65_HS1-834228961_62-HQ-83894_Section_7
Agency: FBI
Page 160
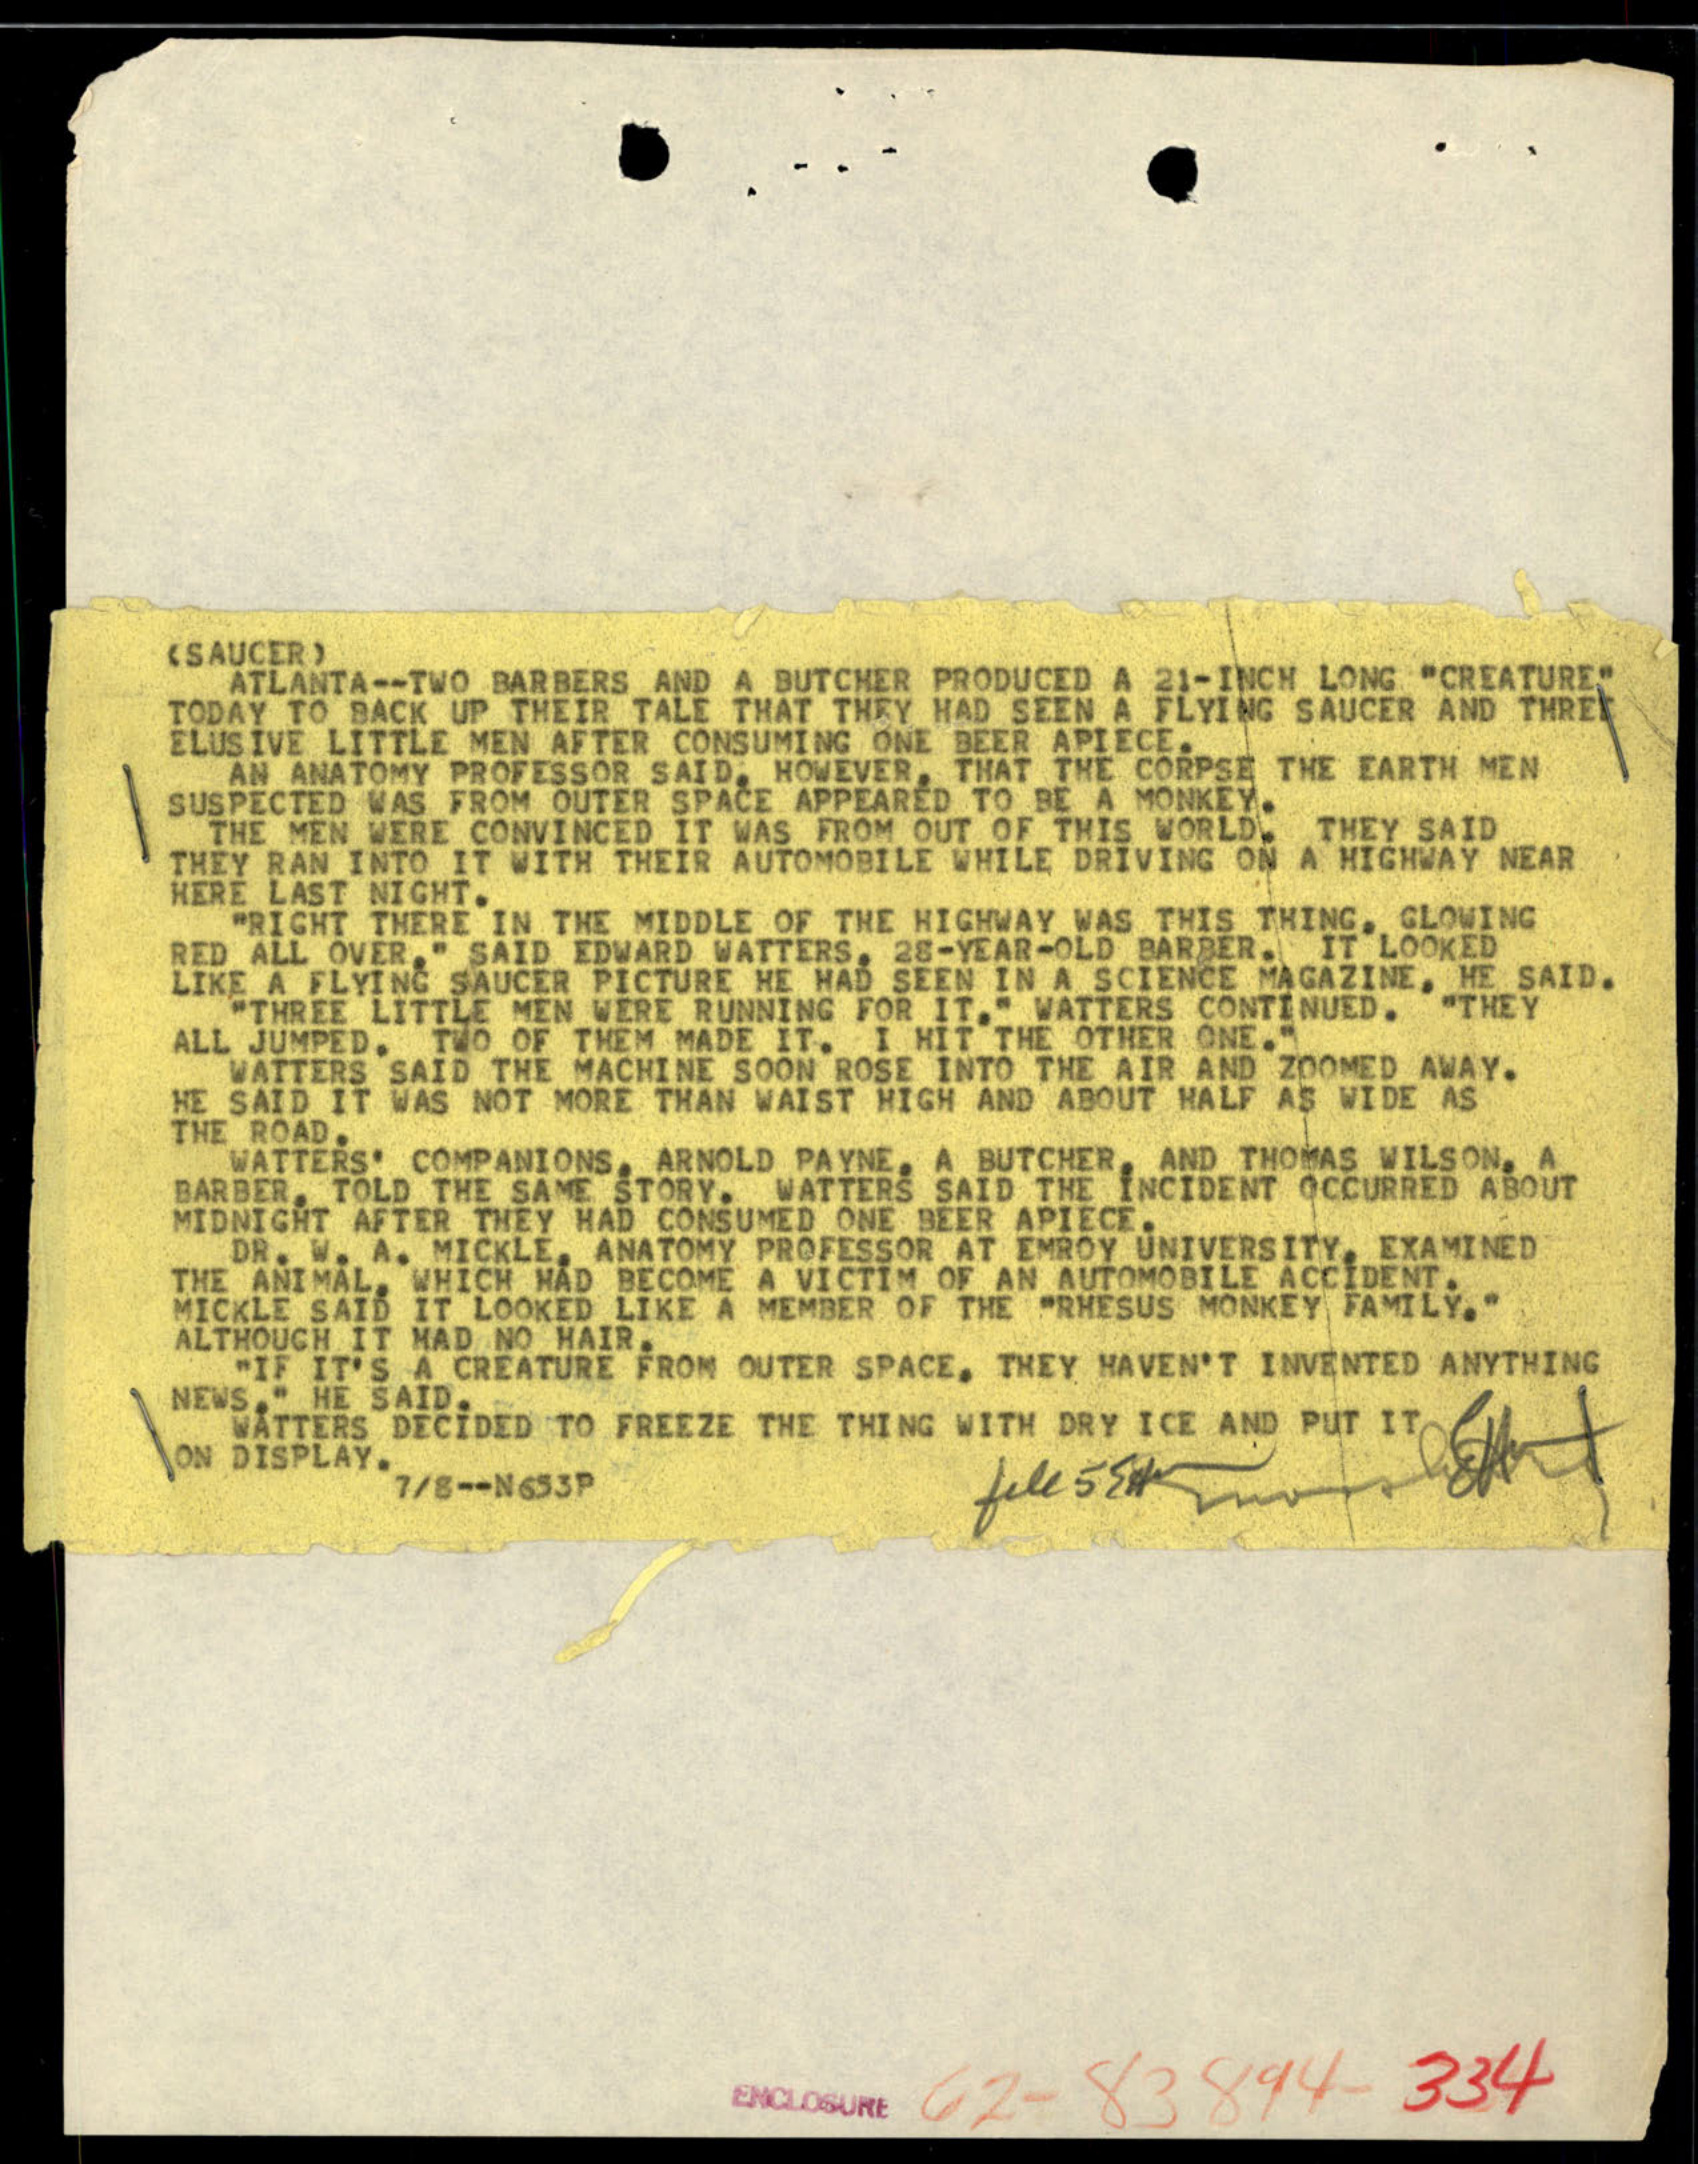